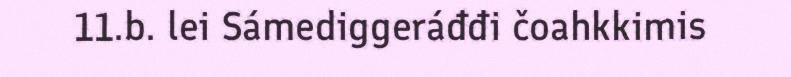
11.b. lei Sámediggeráđđi čoahkkimis